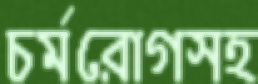
চর্মরোগসহ